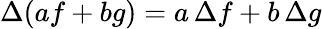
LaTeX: \Delta(af+bg)=a\, \Delta f+b\, \Delta g